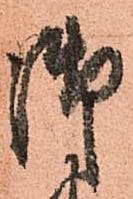
御